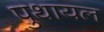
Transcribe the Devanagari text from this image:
पुथायल